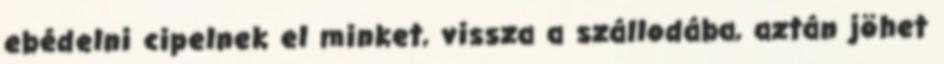
ebédelni cipelnek el minket, vissza a szállodába, aztán jöhet